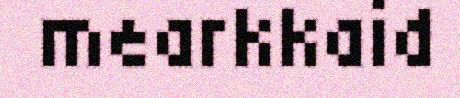
mearkkaid